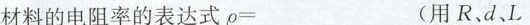
材料的电阻率的表达式ρ=___(用R、d、L